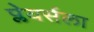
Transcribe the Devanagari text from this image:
प्लेयर्सला